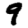
Digit: 9